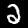
Label: 2